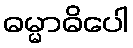
ဓမ္မာဓိပေါ